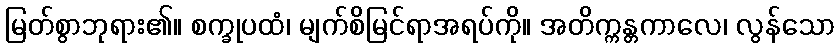
မြတ်စွာဘုရား၏။ စက္ခုပထံ၊ မျက်စိမြင်ရာအရပ်ကို။ အတိက္ကန္တကာလေ၊ လွန်သော